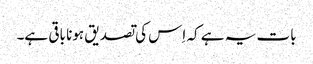
بات یہ ہے کہ اِس کی تصدیق ہونا باقی ہے۔